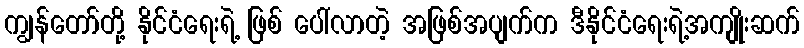
ကျွန်တော်တို့ နိုင်ငံရေးရဲ့ ဖြစ် ပေါ်လာတဲ့ အဖြစ်အပျက်က ဒီနိုင်ငံရေးရဲ့အကျိုးဆက်